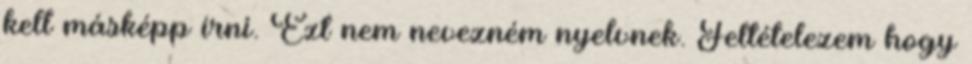
kell másképp írni. Ezt nem nevezném nyelvnek. Feltételezem hogy